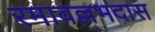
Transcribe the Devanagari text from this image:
रमावल्लभदास